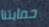
حمايتنا